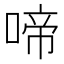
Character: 啼